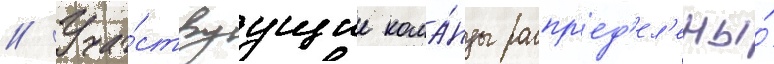
// Уча́ствуущие кома́нды распр'ед'ел'ены́